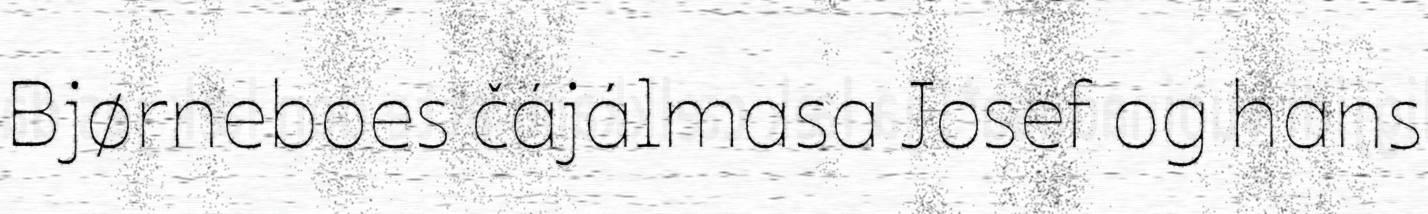
Bjørneboes čájálmasa Josef og hans